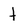
Character: t